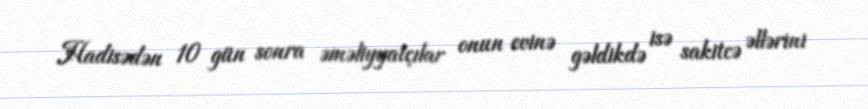
Hadisədən 10 gün sonra əməliyyatçılar onun evinə gəldikdə isə sakitcə əllərini